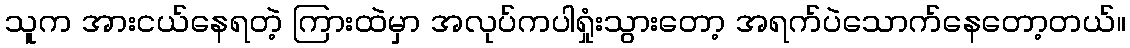
သူက အားငယ်နေရတဲ့ ကြားထဲမှာ အလုပ်ကပါရှုံးသွားတော့ အရက်ပဲသောက်နေတော့တယ်။